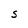
Character: S